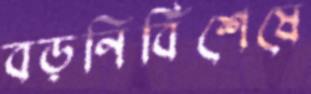
বড়নির্বিশেষে